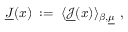
\underline { { { J } } } ( x ) \; : = \; \langle \underline { { { { \mathcal J } } } } ( x ) \rangle _ { \beta , \underline { { { \mu } } } } ~ ,